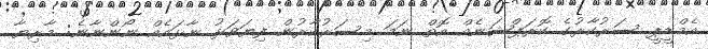
އެމްޑީޕީ ސަރުކާރުގެ ކޮރަޕްޝަނެއް އޮތް ނަމަ މިސަރުކާރުން ފިޔަވަޅު ނާޅައެއް ނޯންނާނެ: މާރިޔާ